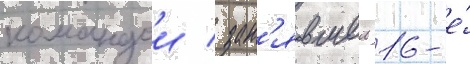
командои / зан'явшеи 16-е́